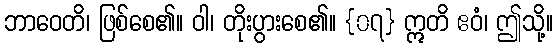
ဘာဝေတိ၊ ဖြစ်စေ၏။ ဝါ၊ တိုးပွားစေ၏။ {၀၇} ဣတိ ဧဝံ၊ ဤသို့။